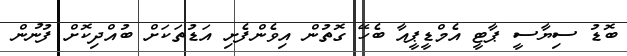
ބޮޑު ސިޔާސީ ޕާޓީ އެމްޑީޕީއާ ބެހޭ ގޮތުން އިވެންފެށި އަޑުތަކަށް ބުއްދިކޮށް ފުނުން